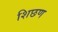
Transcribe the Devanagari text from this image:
शिछण